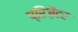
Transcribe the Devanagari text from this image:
प्रिज़ेंटर